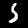
Label: 5